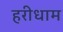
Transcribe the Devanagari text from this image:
हरीधाम